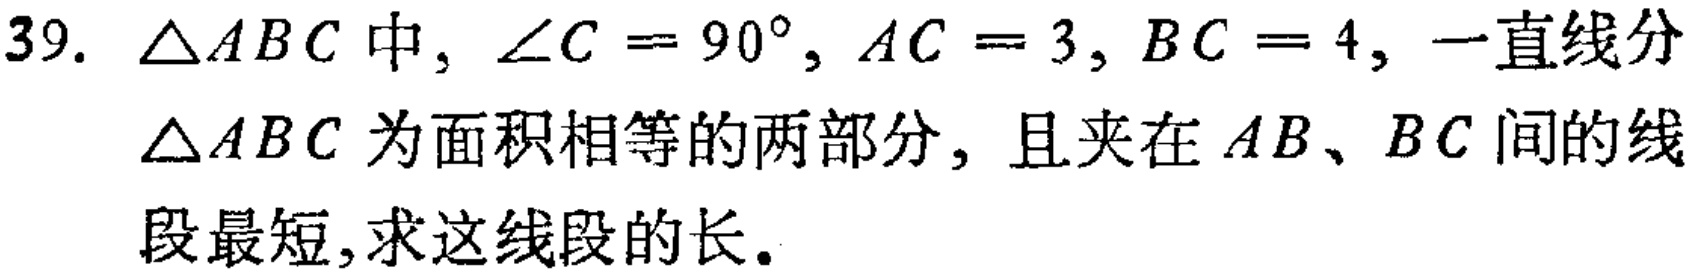
39. $\triangle ABC$中, $\angle C = 90^{\circ}, AC = 3, BC = 4$, 一直线分
$\triangle ABC$为面积相等的两部分, 且夹在$AB、BC$间的线
段最短,求这线段的长.